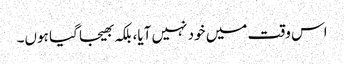
اس وقت میں خود نہیں آیا، بلکہ بھیجا گیا ہوں۔